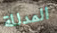
المدللة